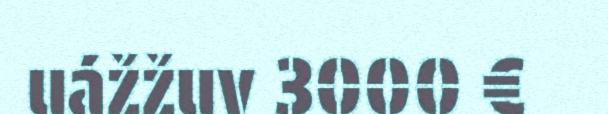
uážžuv 3000 €